system: You are a helpful assistant.
user:
Analyze the provided spectrum to determine if it is a **Carbon Star (C-type)**.

- **Key Visual Indicators of Carbon Star:**
    - **(Primary):** Strong molecular absorption from **C₂ (diatomic carbon) "Swan Bands."** This is the **defining feature** of a carbon star.
        - **(Key Bandheads):** Sharp absorption edges are visible at approximately $5635$ Å, $5165$ Å (the strongest band), and $4737$ Å.
        - **(Line Profile):** Creates a distinct **"saw-tooth"** pattern. The key morphology is a sharp, steep bandhead on the **red (long-wavelength) side**, which then gradually tapers off (i.e., flux recovers) towards the **blue (short-wavelength) side**. *(This is the direct opposite of the TiO bands seen in M-type stars)*.

    - **(Secondary):** Intense **CN (cyanogen)** molecular absorption bands.
        - **(Key Bandheads):** Located in the blue and violet regions of the spectrum (e.g., near $4215$ Å and $3883$ Å).
        - **(Morphology):** These bands are extremely broad and act as a "blanket," absorbing the vast majority of blue and violet light. This creates a characteristic **"cliff"** or **"steep drop-off"** in the spectrum's flux at short wavelengths.

    - **(Key Confirmation):** Strong **CH absorption band (G-band)**.
        - **(Key Bandhead):** Located around $4300$ Å. The contribution from CH molecules to this band is exceptionally strong.

    - **(Overall Spectrum):**
        - The continuum is severely "chopped up" by these deep molecular bands, especially C₂, rather than appearing as a smooth curve.
        - Due to the heavy CN and C₂ absorption in the blue-green, the vast majority of the star's flux is concentrated in the red part of the spectrum, giving the star its characteristic deep red color.

Think first, call **spectral_visualization_tool** if needed to examine features in detail, then provide your final answer. Your response must adhere to the following strict rules:
1.  **Overall Structure:** Your response must follow the format `<think>...</think> <tool_call>...</tool_call> (if a tool is used) <answer>...</answer>`.
2.  **Tool Usage Constraint:** You may only make **one** tool call per turn.
3.  **Final Answer Format:** In the `<answer>` tag, your conclusion must be inside a `\boxed{}` command (e.g., `\boxed{YES}`), followed by your justification.

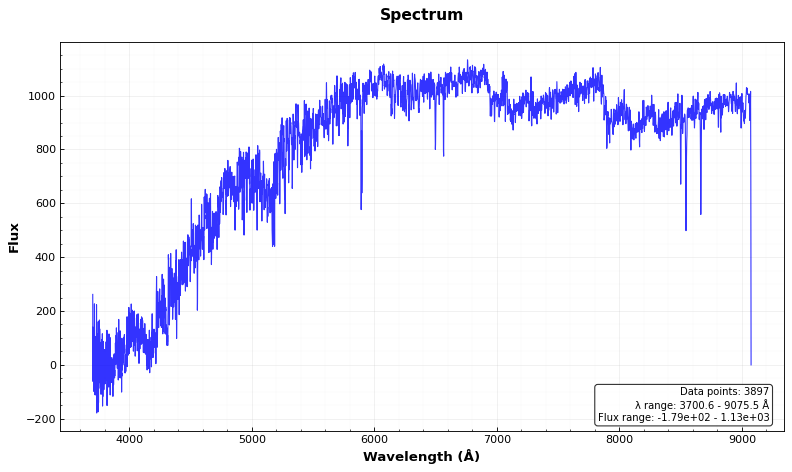
Answer: YES